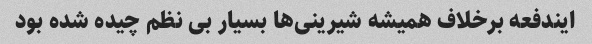
ایندفعه برخلاف همیشه شیرینی‌ها بسیار بی نظم چیده شده بود